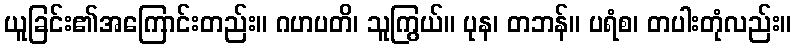
ယူခြင်း၏အကြောင်းတည်း။ ဂဟပတိ၊ သူကြွယ်။ ပုန၊ တဘန်။ ပရံစ၊ တပါးတုံလည်း။